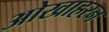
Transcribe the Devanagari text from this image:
ओखाहरन